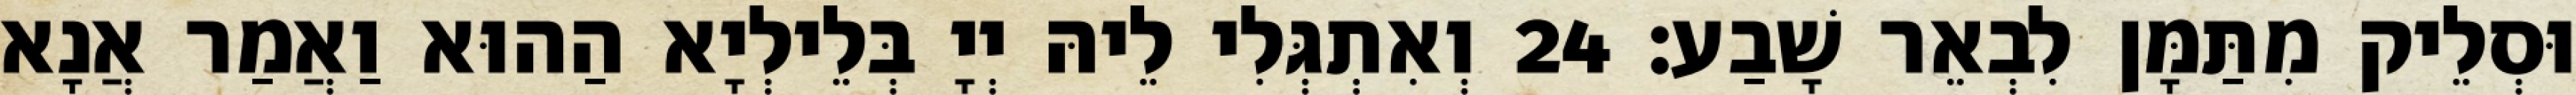
וּסְלֵיק מִתַּמָּן לִבְאֵר שָׁבַע׃ 24 וְאִתְגְּלִי לֵיהּ יְיָ בְּלֵילְיָא הַהוּא וַאֲמַר אֲנָא